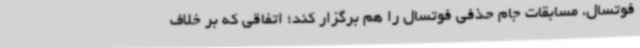
فوتسال، مسابقات جام حذفی فوتسال را هم برگزار کند؛ اتفاقی که بر خلاف